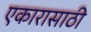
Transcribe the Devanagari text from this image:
एकारासाठी